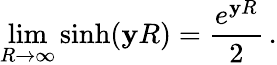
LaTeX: \operatorname*{lim}_{R\to\infty}\sinh(\mathbf{y}R)=\frac{{e^{\mathbf{y}R}}}{{2}}\, {.}